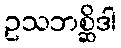
ဥသဘစ္ဆိဒါ